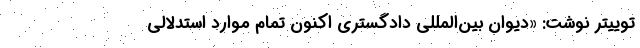
توییتر نوشت: «دیوان بین‌المللی دادگستری اکنون تمام موارد استدلالی